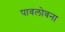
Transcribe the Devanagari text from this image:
पावलोवना